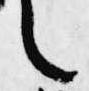
之